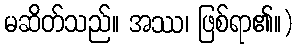
မဆိတ်သည်။ အဿ၊ ဖြစ်ရာ၏။)